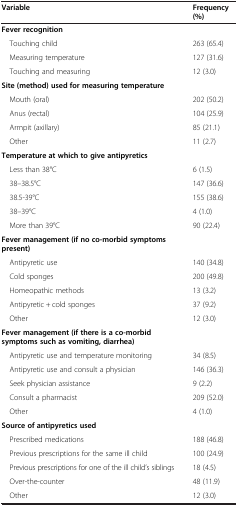
| Variable | Frequency (%) |
 | --- | --- |
 | Fever recognition |  |
 | Touching child | 263 (65.4) |
 | Measuring temperature | 127 (31.6) |
 | Touching and measuring | 12 (3.0) |
 | Site (method) used for measuring temperature |  |
 | Mouth (oral) | 202 (50.2) |
 | Anus (rectal) | 104 (25.9) |
 | Armpit (axillary) | 85 (21.1) |
 | Other | 11 (2.7) |
 | Temperature at which to give antipyretics |  |
 | Less than 38°C | 6 (1.5) |
 | 38–38.5°C | 147 (36.6) |
 | 38.5-39°C | 155 (38.6) |
 | 38–39°C | 4 (1.0) |
 | More than 39°C | 90 (22.4) |
 | Fever management (if no co-morbid symptoms present) |  |
 | Antipyretic use | 140 (34.8) |
 | Cold sponges | 200 (49.8) |
 | Homeopathic methods | 13 (3.2) |
 | Antipyretic + cold sponges | 37 (9.2) |
 | Other | 12 (3.0) |
 | Fever management (if there is a co-morbid symptoms such as vomiting, diarrhea) |  |
 | Antipyretic use and temperature monitoring | 34 (8.5) |
 | Antipyretic use and consult a physician | 146 (36.3) |
 | Seek physician assistance | 9 (2.2) |
 | Consult a pharmacist | 209 (52.0) |
 | Other | 4 (1.0) |
 | Source of antipyretics used |  |
 | Prescribed medications | 188 (46.8) |
 | Previous prescriptions for the same ill child | 100 (24.9) |
 | Previous prescriptions for one of the ill child’s siblings | 18 (4.5) |
 | Over-the-counter | 48 (11.9) |
 | Other | 12 (3.0) |